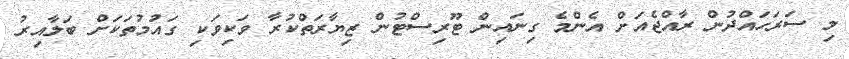
މި ސަރަހައްދުން ރާއްޖެއަށް އެންމެ ގިނައިން ޓޫރިސްޓުން ޒިޔާރަތްކުރާ ވަކިވަކި ގައުމުތަކަށް ބަލާއިރު